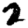
Digit: 2